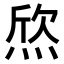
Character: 𤊑